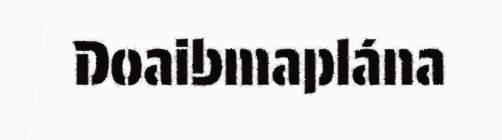
Doaibmaplána